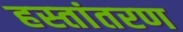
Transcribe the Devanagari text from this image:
हस्‍तांतरण